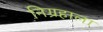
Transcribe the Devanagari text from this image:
निग्रहाला